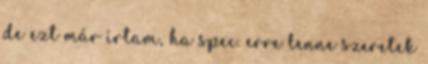
de ezt már írtam, ha spec. erre lenne szeretek